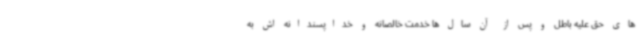
های حق علیه باطل و پس از آن سال ها خدمت خالصانه و خداپسندانه اش به